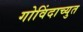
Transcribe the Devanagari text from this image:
गोविंदाच्युत